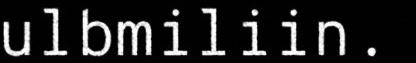
ulbmiliin.